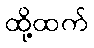
ထို့ထက်